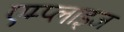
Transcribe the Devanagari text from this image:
एम्प्लाइज